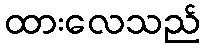
ထားလေသည်